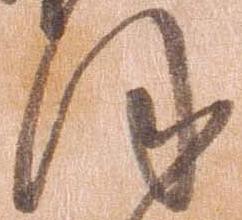
ほ